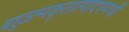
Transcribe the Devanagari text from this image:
बहुजन्मकृतात्पादयमर्थो